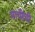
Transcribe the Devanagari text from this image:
माचीची